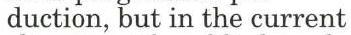
duction, but in the current